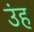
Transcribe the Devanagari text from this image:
उंह